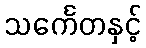
သင်္ကေတနှင့်